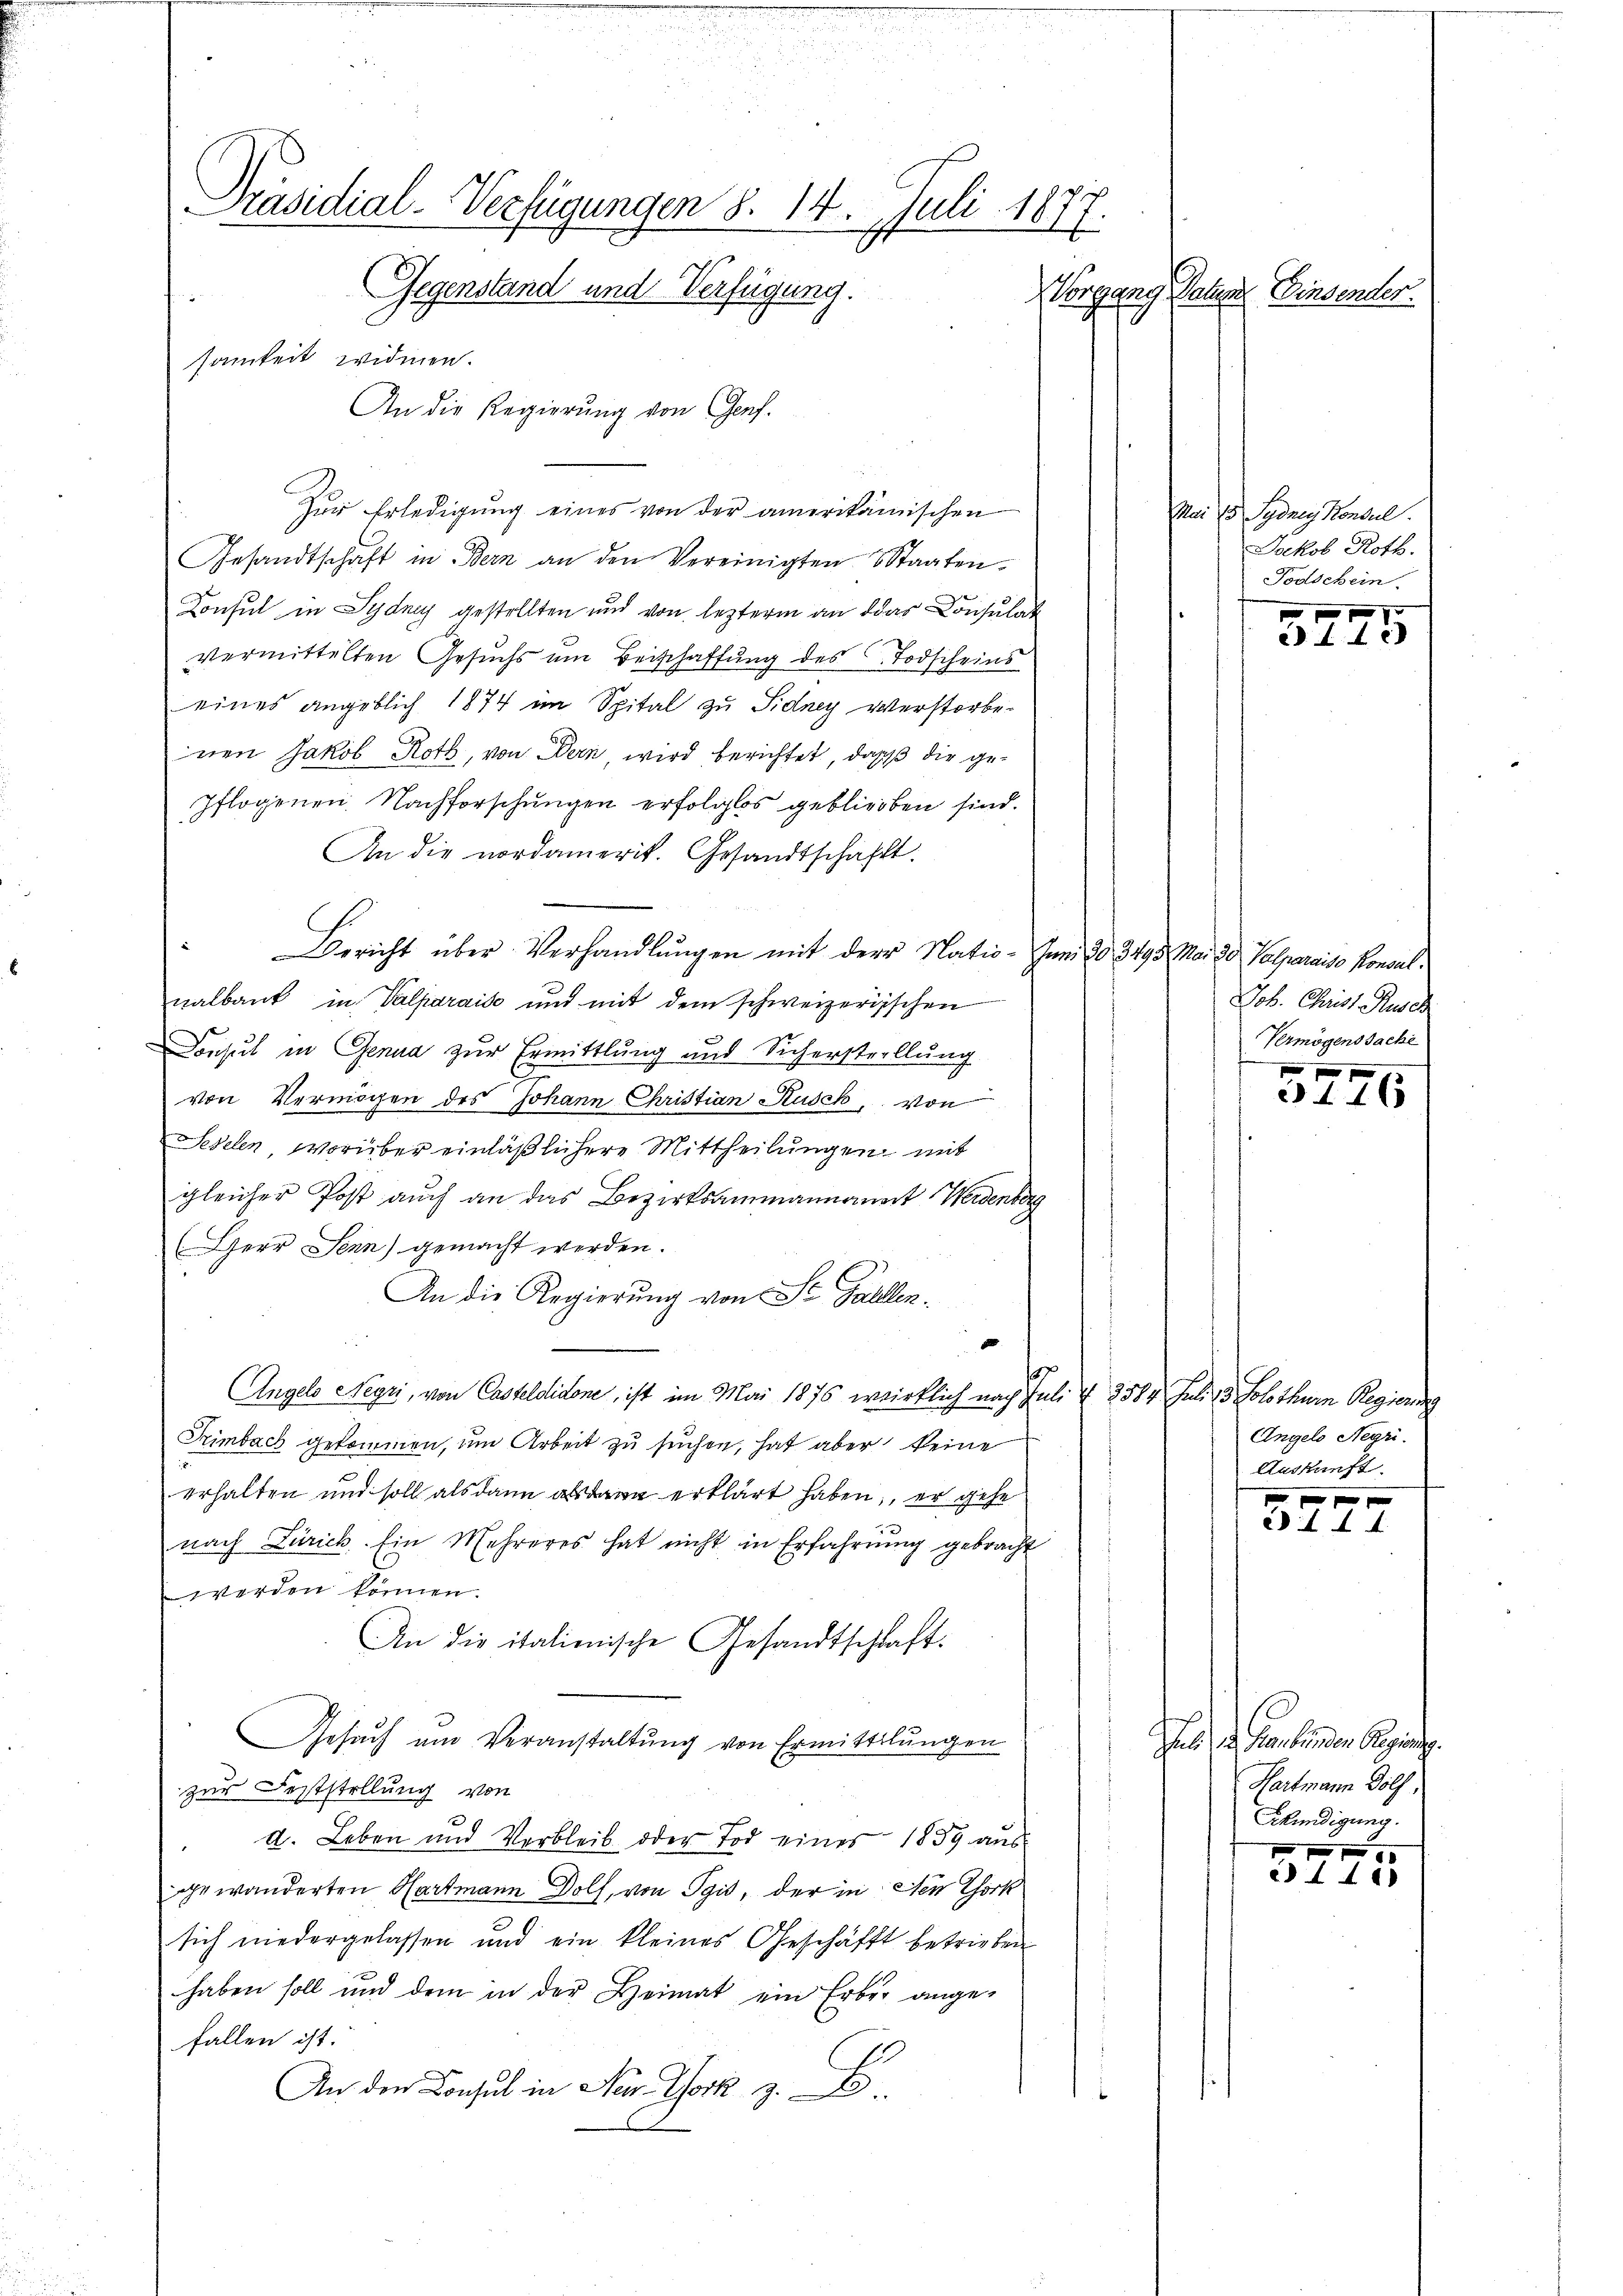
Präsidial-Verfügungen §. 14. Juli 1877.
Gegenstand und Verfügung.
Vorgang Statten Einsender.
samkeit widmen.
An die Regierung von Genf.

Zur Erledigung eines von der amerikanischen
Gesandtschaft in Bern an den Vereinigten Staaten.
Konsul in Sydney gestellten und von lezterm an das Consulat
vermittelten Gesŭch ŭm Beischaffŭng des Todscheins
eines angeblich 1874 im Spital zu Sidney verstorbe
nen Jakob Roth, von Bern, wird berichtet, daß die gepflogenen Nachforschungen erfolglos geblieben sind.
An die nordamerit. Gesandtschafft.
Bericht über Verhandlungen mit der Natio- Juni 20. 3495
nalbank in Valparaise und mit dem schweizerischen
Consul in Genua zur Ermittlung und Sicherstellung
von Vermögen des Johann Christian Kusch, von
Seelen worüber einläßlichere Mittheilungen mit
gleicher Post auch an das Bezirksammannament Werdenberg
(Herr Senn) gemacht werden.
An die Regierung von St. Gallen.
Angels Neyri, von Casteldidone, ist im Mai 1876 wirklich nach Juli & 2584 Juli 13. Solothurn Regierung
Trimbach gekommen, um Arbeit zu suchen, hat aber keine
erhalten und soll als dann als erklärt haben, er gehe
nach Zürich. Ein Mehreres hat nicht in Erfahrŭng gebracht
werden können.
An die italienische Gesandtschaft.
Gesuch am Veranstaltung von Ermittelungen
zur Feststellung von
d. Leben und Verbleib oder Tod einer 1859 aus
gewanderten Hartmann Dolf, von Spis, der in den Chork
sich niedergelassen und ein kleines Geschäft betrieben
haben soll und dem in der Heimat ein Erber ange-
fallen ist.
An den Consul in New York z. B.

Mai 15 Sydrey Konsul
Jackob Roth.
Todschein.

f 0 x
e 44 x

Mai 20 Palparaiso Konsul
Job. Christ Rusch
Vermögenssache

416

Engels Negri
Auskunft
 f 0 x

244.

b. d. Frankenden Regieng.
Hartmann Pölf,
Kkündigung.
00

4400